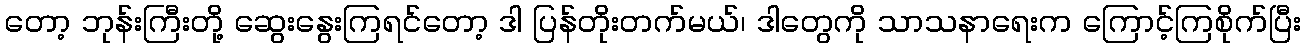
တော့ ဘုန်းကြီးတို့ ဆွေးနွေးကြရင်တော့ ဒါ ပြန်တိုးတက်မယ်၊ ဒါတွေကို သာသနာရေးက ကြောင့်ကြစိုက်ပြီး